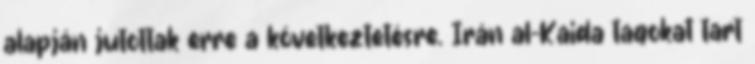
alapján jutottak erre a következtetésre. Irán al-Kaida tagokat tart